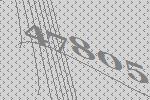
47805